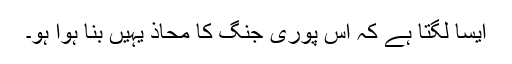
ایسا لگتا ہے کہ اس پوری جنگ کا محاذ یہیں بنا ہوا ہو۔